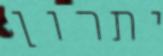
יתרון